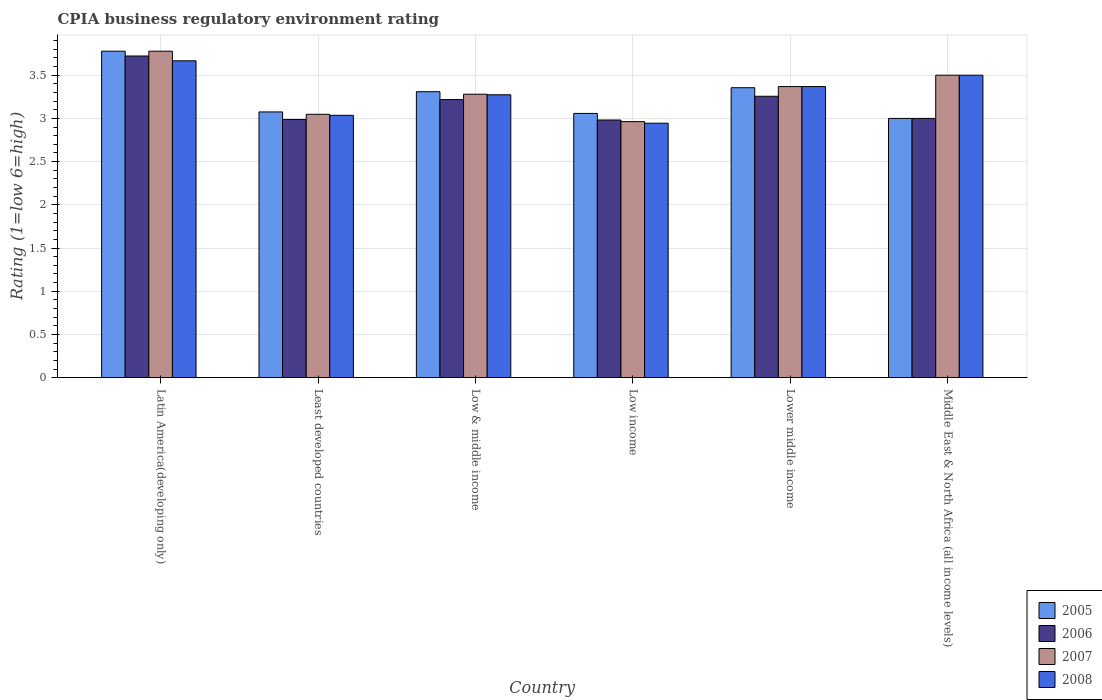
| Country | 2005 | 2006 | 2007 | 2008 |
 | --- | --- | --- | --- | --- |
 | Latin America(developing only) | 3.78 | 3.72 | 3.78 | 3.67 |
 | Least developed countries | 3.08 | 2.99 | 3.05 | 3.04 |
 | Low & middle income | 3.31 | 3.22 | 3.28 | 3.27 |
 | Low income | 3.06 | 2.98 | 2.96 | 2.94 |
 | Lower middle income | 3.36 | 3.26 | 3.37 | 3.37 |
 | Middle East & North Africa (all income levels) | 3 | 3 | 3.5 | 3.5 |